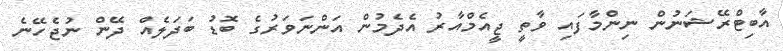
އާބިޓްރޭޝަނުން ނިންމާފައި ވާތީ ޖީއެމްއާރު އެދެމުން އަންނަވަރުގެ ބޮޑު ބަދަލެއް ދޭން ނުޖެހޭނެ